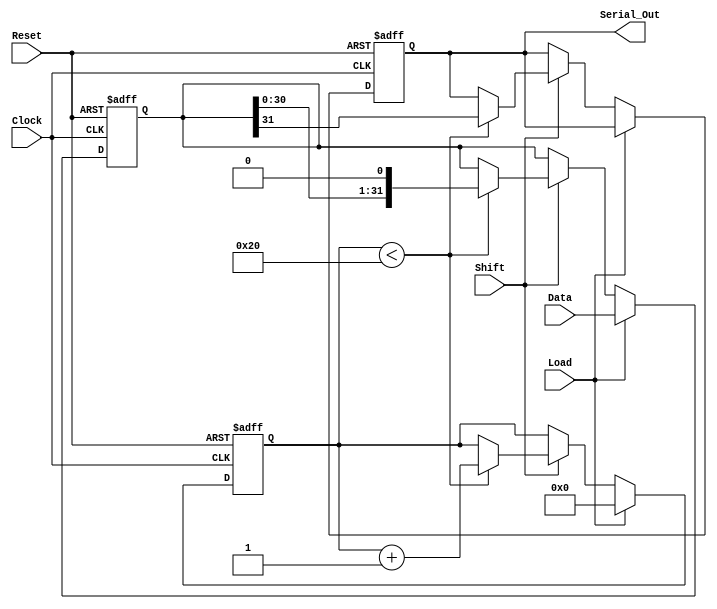
module PISO_Register (
    input wire [31:0] Data,      // 32-bit parallel input data bus
    input wire Load,             // Control signal to load data
    input wire Shift,            // Control signal to shift data out
    input wire Clock,            // Clock signal
    input wire Reset,            // Asynchronous reset signal
    output reg Serial_Out        // Serial output
);

    reg [31:0] shift_reg;        // Internal 32-bit shift register
    reg [4:0] count;             // Counter to track number of shifts

    // Asynchronous reset
    always @(posedge Clock or posedge Reset) begin
        if (Reset) begin
            shift_reg <= 32'b0;   // Clear the shift register
            Serial_Out <= 1'b0;   // Clear the serial output
            count <= 5'b0;        // Reset the counter
        end else begin
            if (Load) begin
                shift_reg <= Data; // Load data into the shift register
                count <= 5'b0;     // Reset the counter
            end else if (Shift) begin
                if (count < 32) begin
                    Serial_Out <= shift_reg[31]; // Output MSB
                    shift_reg <= {shift_reg[30:0], 1'b0}; // Shift right
                    count <= count + 1; // Increment shift count
                end
            end
        end
    end

endmodule